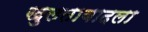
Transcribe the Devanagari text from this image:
खुलताबादला